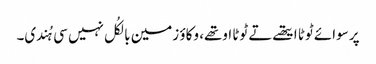
پر سوائے ٹوٹا ایتھے تے ٹوٹا اوتھے، وکاؤ زمین بالکُل نہیں سی ہُندی۔